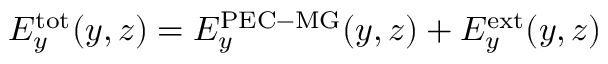
\begin{array} { r } { E _ { y } ^ { \mathrm { t o t } } ( y , z ) = E _ { y } ^ { \mathrm { P E C - M G } } ( y , z ) + E _ { y } ^ { \mathrm { e x t } } ( y , z ) } \end{array}